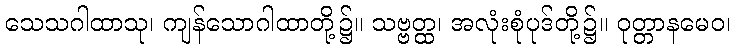
သေသဂါထာသု၊ ကျန်သောဂါထာတို့၌။ သဗ္ဗတ္ထ၊ အလုံးစုံပုဒ်တို့၌။ ဝုတ္တာနမေဝ၊